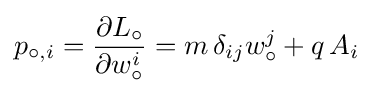
p_{\circ ,i}={\frac {\partial L_{\circ }}{\partial w_{\circ }^{i}}}=m\,\delta _{ij}w_{\circ }^{j}+q\,A_{i}